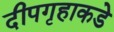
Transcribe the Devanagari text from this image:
दीपगृहाकडे